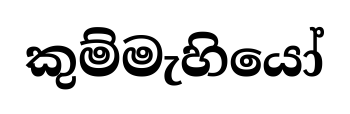
කුම්මැහියෝ